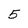
Character: 5